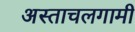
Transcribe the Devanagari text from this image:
अस्ताचलगामी